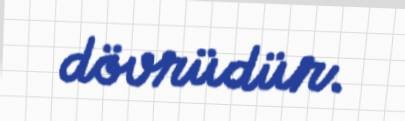
dövrüdür.